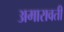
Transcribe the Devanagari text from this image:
अमारावती